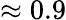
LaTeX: \approx 0.9